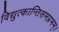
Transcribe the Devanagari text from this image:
विद्युत्कान्तिसमप्रभम्।